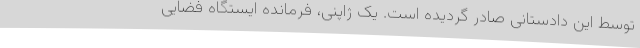
توسط این دادستانی صادر گردیده است. یک ژاپنی، فرمانده ایستگاه فضایی